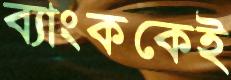
ব্যাংককেই